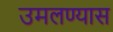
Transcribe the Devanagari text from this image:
उमलण्यास